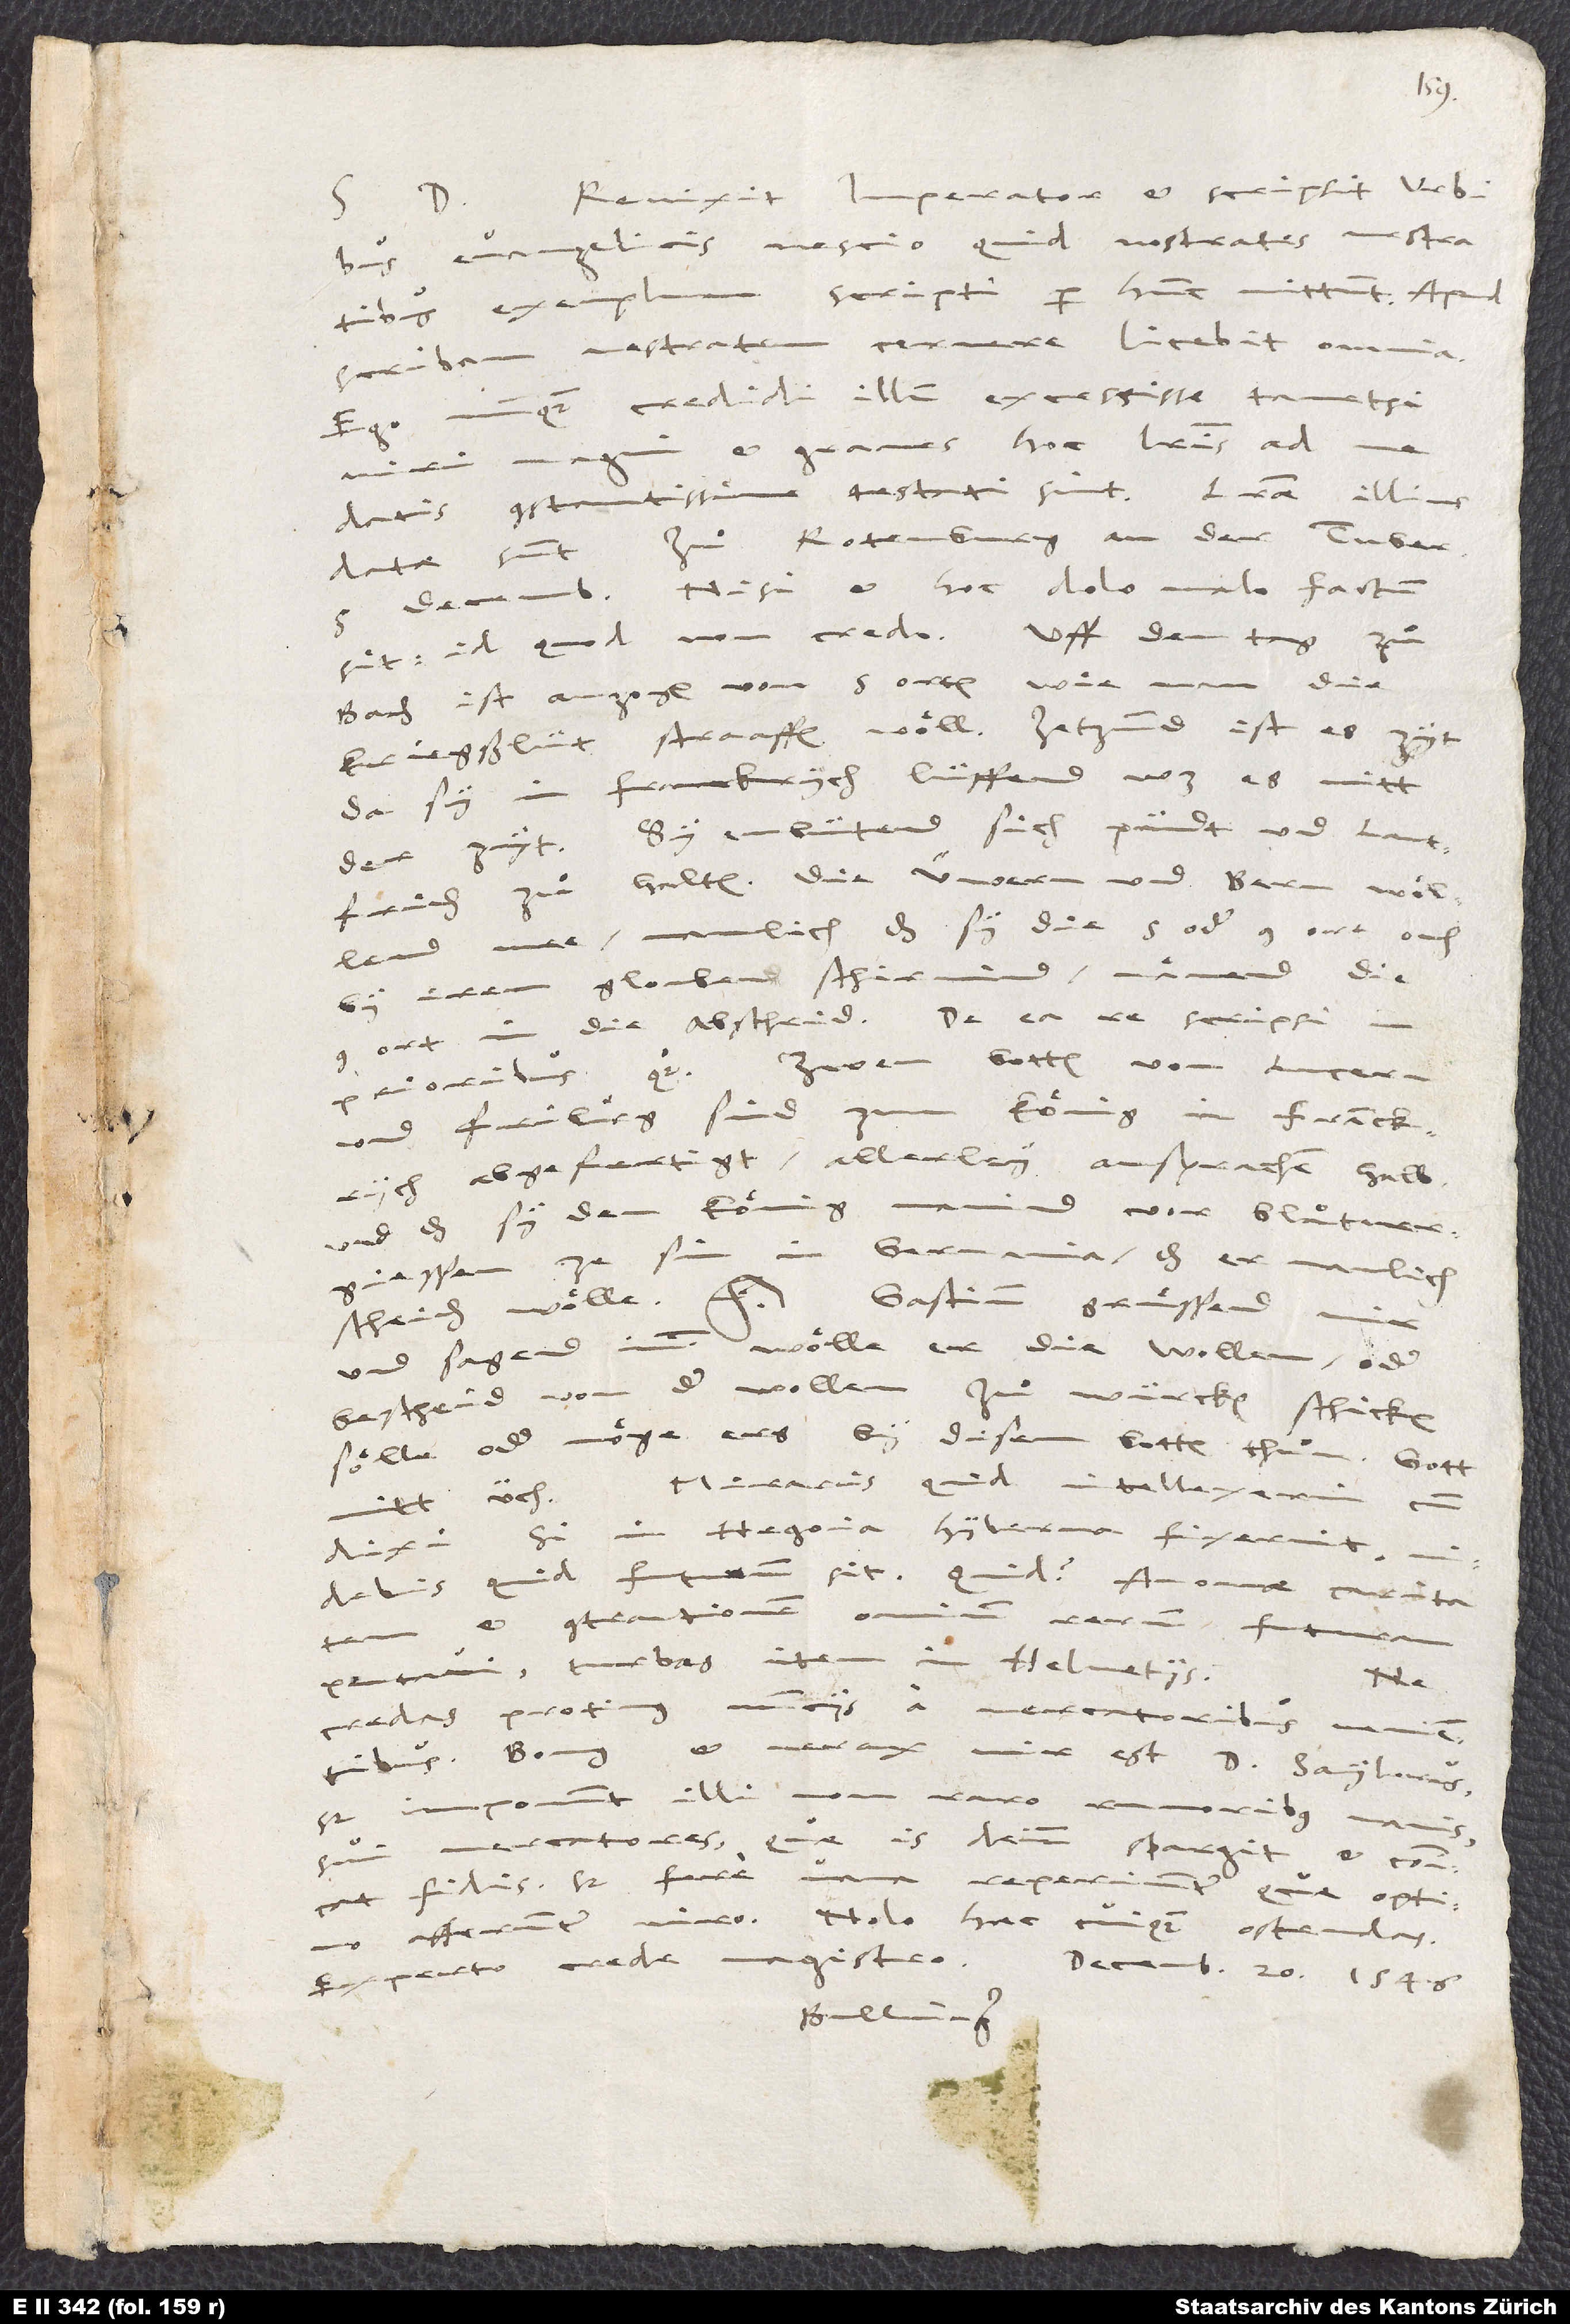
Revixit imperator et scripsit Urbibus
S.
evangelicis nescio quid. Nostrates vestratibus
exemplum scripti per hunc mittunt. Apud
scribam vestratem cernere licebit omnia.
Ego nunquam credidi illum excessisse, tametsi
graves hoc literis ad me
.
datis constantissime testati sint. Litterae illius
datae sunt zuͦ Rotenburg an der Tuber,
5. decembris, nisi et hoc dolo malo factum
Baden ist anzogen von 5 orten, wie man die
kriegßlüt straaffen woͤll. Jetzund ist es zyt;
da sy in Franckrych lüffend, was es nitt
der zyt. Sy embütend sich, pündt und landtfriden
zuͦ halten. Die üwern und Bern woͤllend
mee, namlich das sy, die 5 oder 9 ort, ouch
by irem glouben schirmind. Naͤmend die
9 ort in die abscheid. De ea re scripsi in
und Friburg sind zum koͤnig in Franckrych
abgefertigt, allerley ansprachen halb,
und das sy den koͤnig manind, vor bluͦtvergiessen
ze sin in Germania; das er namlich
Gastium gruͤssend
scheiden woͤlle, etc.
mir
und sagend imm, woͤlle er die wollen oder
bescheid von der wollen zuͦ würcken schicken,
soͤlle oder moͤge ers by disem botten thuͦn. Gott
Miraris, quid intellexerim, cum
dixi, si in Hegoia hyberna fixerint,
videbis, quid futurum sit. Quid? Anonae caritatem
et contractionem omnium rerum futurum
putavi, turbas item in Helvetiis!
Ne
credas protinus nunciis a mercatoribus venientibus.
Bonus et verax vir est d. Saylerus,
sed imponunt illi non raro rumoribus vanis
sui mercatores, quae is deinde spargit et communicat
fidis. Sed fere vana reperiuntur, quae optimo
afferuntur viro. Nolo haec cuiquam ostendas.
Experto crede magistro. Decembris 20. 1546.
Bullinger.